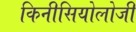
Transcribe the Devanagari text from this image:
किनीसियोलोजी